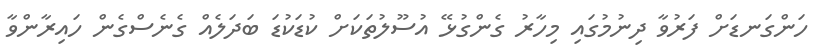
ހަންގަނޑަށް ފަރުވާ ދިނުމުގައި މިހާރު ގެންގުޅޭ އުސޫލުތަކަށް ކުޑަކުޑަ ބަދަލެއް ގެނެސްގެން ހައިރާންވާ